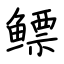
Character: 鳔